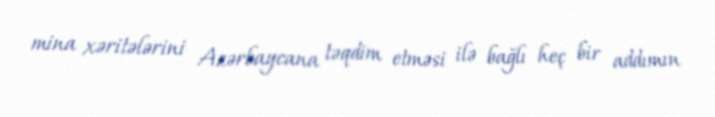
mina xəritələrini Azərbaycana təqdim etməsi ilə bağlı heç bir addımın